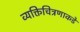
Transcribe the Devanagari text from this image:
व्यक्तिचित्रणाकडे